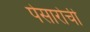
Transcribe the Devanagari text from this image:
पेसारोची